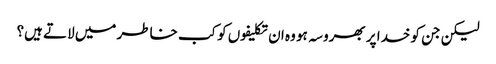
لیکن جن کو خدا پر بھروسہ ہو وہ ان تکلیفوں کو کب خاطر میں لاتے ہیں؟